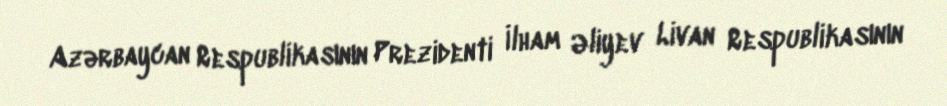
Azərbaycan Respublikasının Prezidenti İlham Əliyev Livan Respublikasının